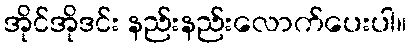
အိုင်အိုဒင်း နည်းနည်းလောက်ပေးပါ။